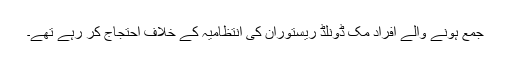
جمع ہونے والے افراد مک ڈونلڈ ریستوران کی انتظامیہ کے خلاف احتجاج کر رہے تھے۔